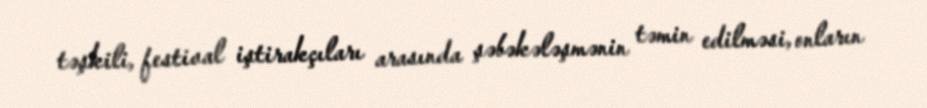
təşkili, festival iştirakçıları arasında şəbəkələşmənin təmin edilməsi, onların